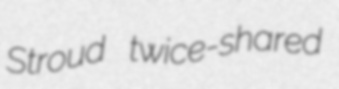
Stroud twice-shared